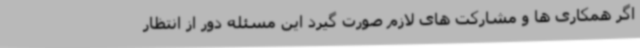
اگر همکاری ها و مشارکت های لازم صورت گیرد این مسئله دور از انتظار